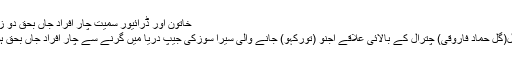
خاتون اور ڈرائیور سمیت چار افراد جاں بحق دو زحمی
چترال(گل حماد فاروقی) چترال کے بالائی علاقے اُجنو (تورکہو) جانے والی سیرا سوزکی جیپ دریا میں گرنے سے چار افراد جاں بحق ہوئے۔